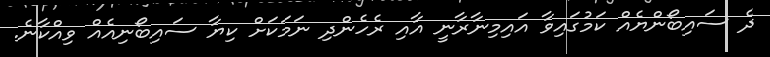
ދެ ސައިބޯންޔެއް ކަމުގައިވާ އައިމިނާރާނީ އާއި ރެހެންދި ނަމަކަށް ކިޔާ ސައިބޯނިއެއް ވިއްކާނެ.